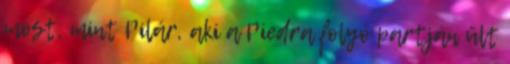
most, mint Pilár, aki a Piedra folyó partján ült